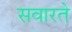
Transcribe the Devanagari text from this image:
सवारते